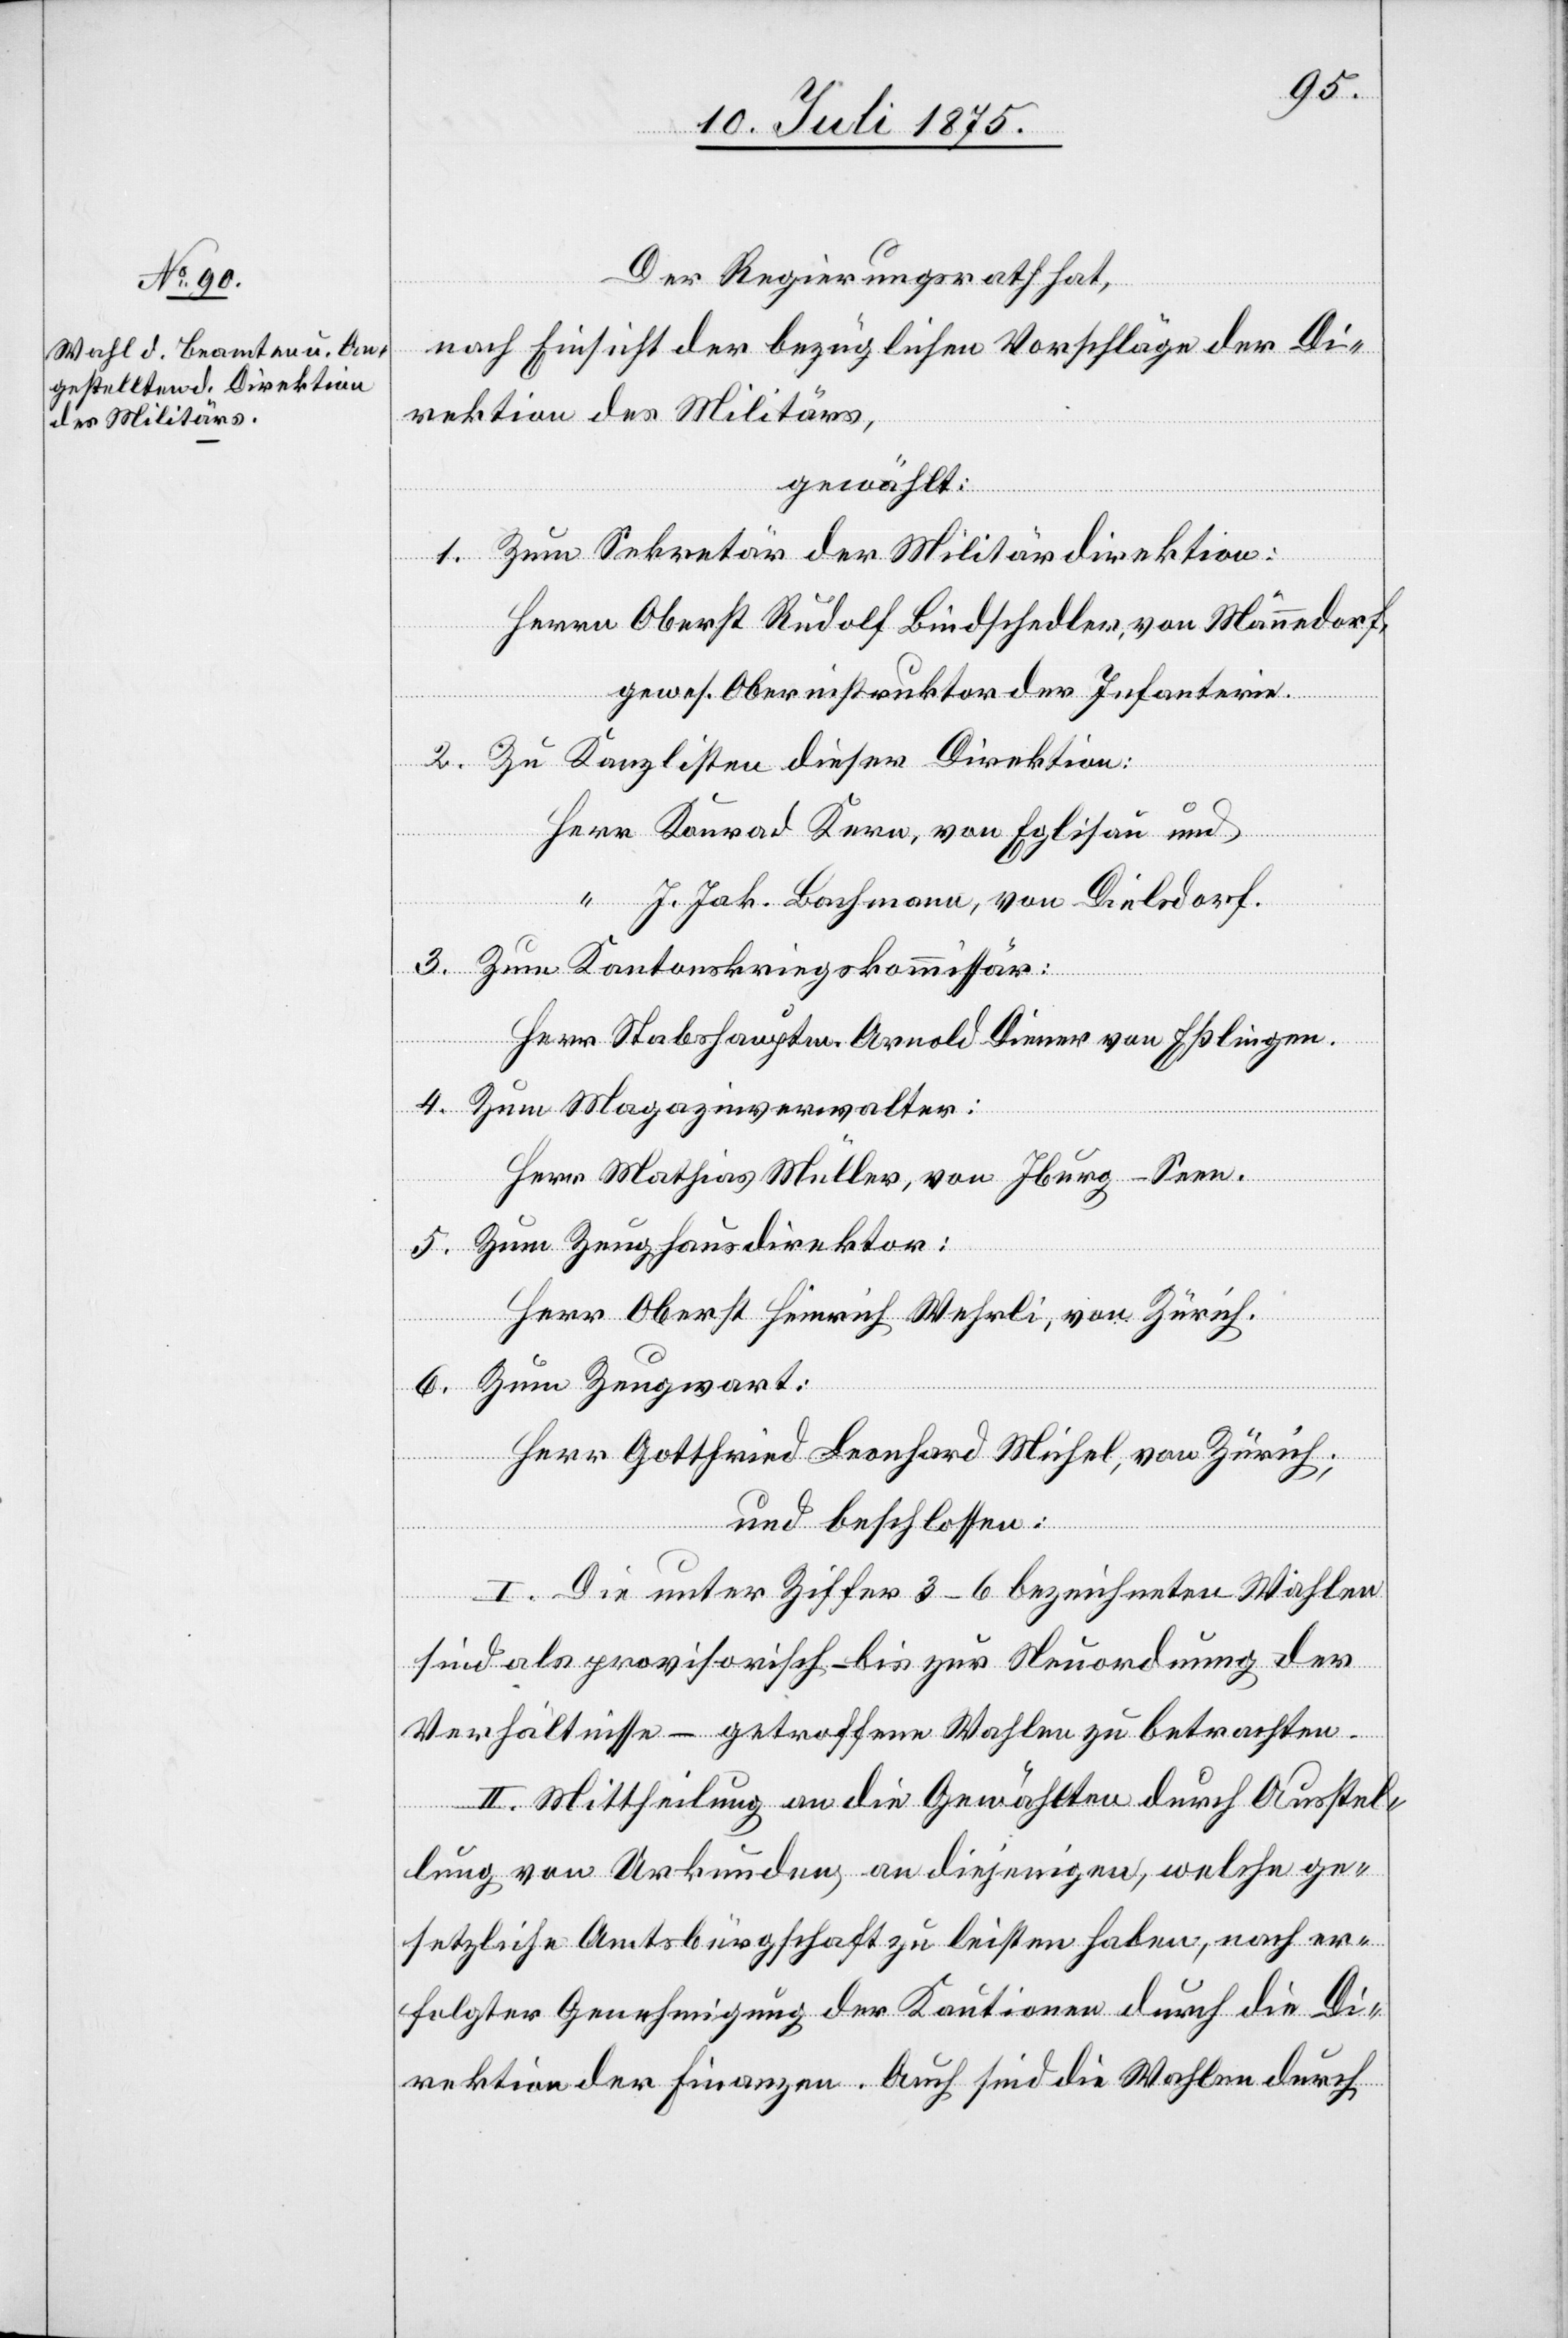
Der Regierungsrath hat,
nach Einsicht der bezüglichen Vorschläge der Di¬
rektion des Militärs,
gewählt:
1. Zum Sekretär der Militärdirektion:
Herrn Oberst Rudolf Bindschedler, von Männedorf,
gewes. Oberinstruktor der Infanterie.
2. Zu Kanzlisten dieser Direktion:
Herr Konrad Kern, von Eglisau und
“ J. Jak. Bachmann, von Dielsdorf.
3. Zum Kantonskriegskommissär:
Herr Stabshauptm. Arnold Diener von Eßlingen.
4. Zum Magazinverwalter:
Herr Mathias Müller, von Iburg - Seen.
5. Zum Zeughausdirektor:
Herr Oberst Heinrich Wehrli, von Zürich.
6. Zum Zeugwart:
Herr Gottfried Leonhard Michel, von Zürich;
und beschlossen:
I. Die unter Ziffer 3–6 bezeichneten Wahlen
sind als provisorisch – bis zur Neuordnung der
Verhältnisse – getroffene Wahlen zu betrachten.
II. Mittheilung an die Gewählten durch Ausstel¬
lung von Urkunden, an diejenigen, welche ge¬
setzliche Amtsbürgschaft zu leisten haben, nach er¬
folgter Genehmigung der Kautionen durch die Di¬
rektion der Finanzen. Auch sind die Wahlen durch